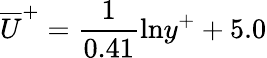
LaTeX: \overline{{U}}^{+}=\frac{1}{0.41}\mathrm{ln}y^{+}+5.0